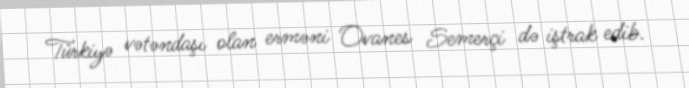
Türkiyə vətəndaşı olan erməni Ovanes Semerçi də iştrak edib.